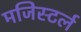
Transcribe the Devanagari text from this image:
मजिस्टर्ल